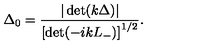
\Delta _ { 0 } = \frac { | \det ( k \Delta ) | } { \left[ \det ( - i k L _ { - } ) \right] ^ { 1 / 2 } } .